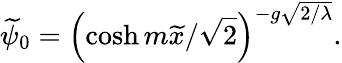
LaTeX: \widetilde{\psi}_{0}=\left(\cosh m\widetilde{x}/\sqrt{2}\right)^{-g\sqrt{2/\lambda}}.